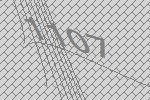
1107